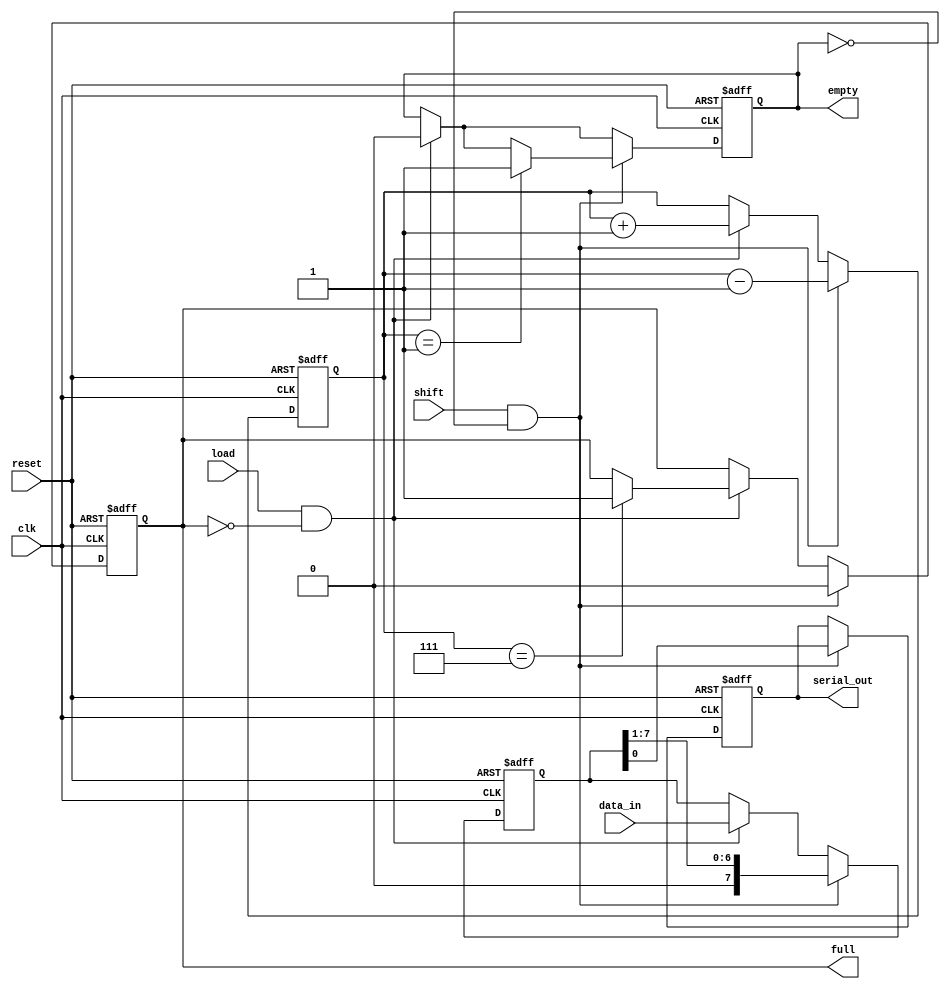
module FIFO_PISO #(
    parameter DEPTH = 8 // Configurable depth of the FIFO
) (
    input wire clk,                // Clock signal
    input wire reset,              // Reset signal
    input wire load,               // Load signal
    input wire shift,              // Shift signal
    input wire [DEPTH-1:0] data_in,// Parallel input data
    output reg serial_out,         // Serial output
    output reg empty,              // Empty flag
    output reg full                // Full flag
);

    reg [DEPTH-1:0] fifo;          // FIFO storage
    reg [3:0] count;               // Count of elements in the FIFO
    reg [DEPTH-1:0] shift_reg;     // Shift register for serial output

    // Initialize signals on reset
    always @(posedge clk or posedge reset) begin
        if (reset) begin
            fifo <= 0;
            count <= 0;
            serial_out <= 0;
            empty <= 1;
            full <= 0;
        end else begin
            // Load data into FIFO
            if (load && !full) begin
                fifo <= data_in;
                count <= count + 1;
                empty <= 0;
                if (count == DEPTH - 1) begin
                    full <= 1;
                end
            end
            
            // Shift data out serially
            if (shift && !empty) begin
                serial_out <= fifo[0]; // Output the first bit
                fifo <= {1'b0, fifo[DEPTH-1:1]}; // Shift left
                count <= count - 1;
                if (count == 1) begin
                    empty <= 1;
                end
                full <= 0;
            end
        end
    end

endmodule